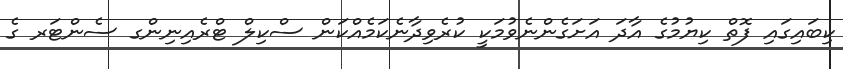
ކިބައިގައި ފޮތް ކިޔުމުގެ އާދަ އަށަގެންނެވުމަކީ ކުރެވިދާނެކަމެއްކަން ސްކިލް ޓްރެއިނިންގ ސެންޓަރ ގެ